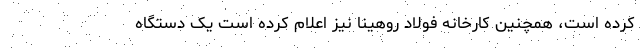
کرده است، همچنین کارخانه فولاد روهینا نیز اعلام کرده است یک دستگاه